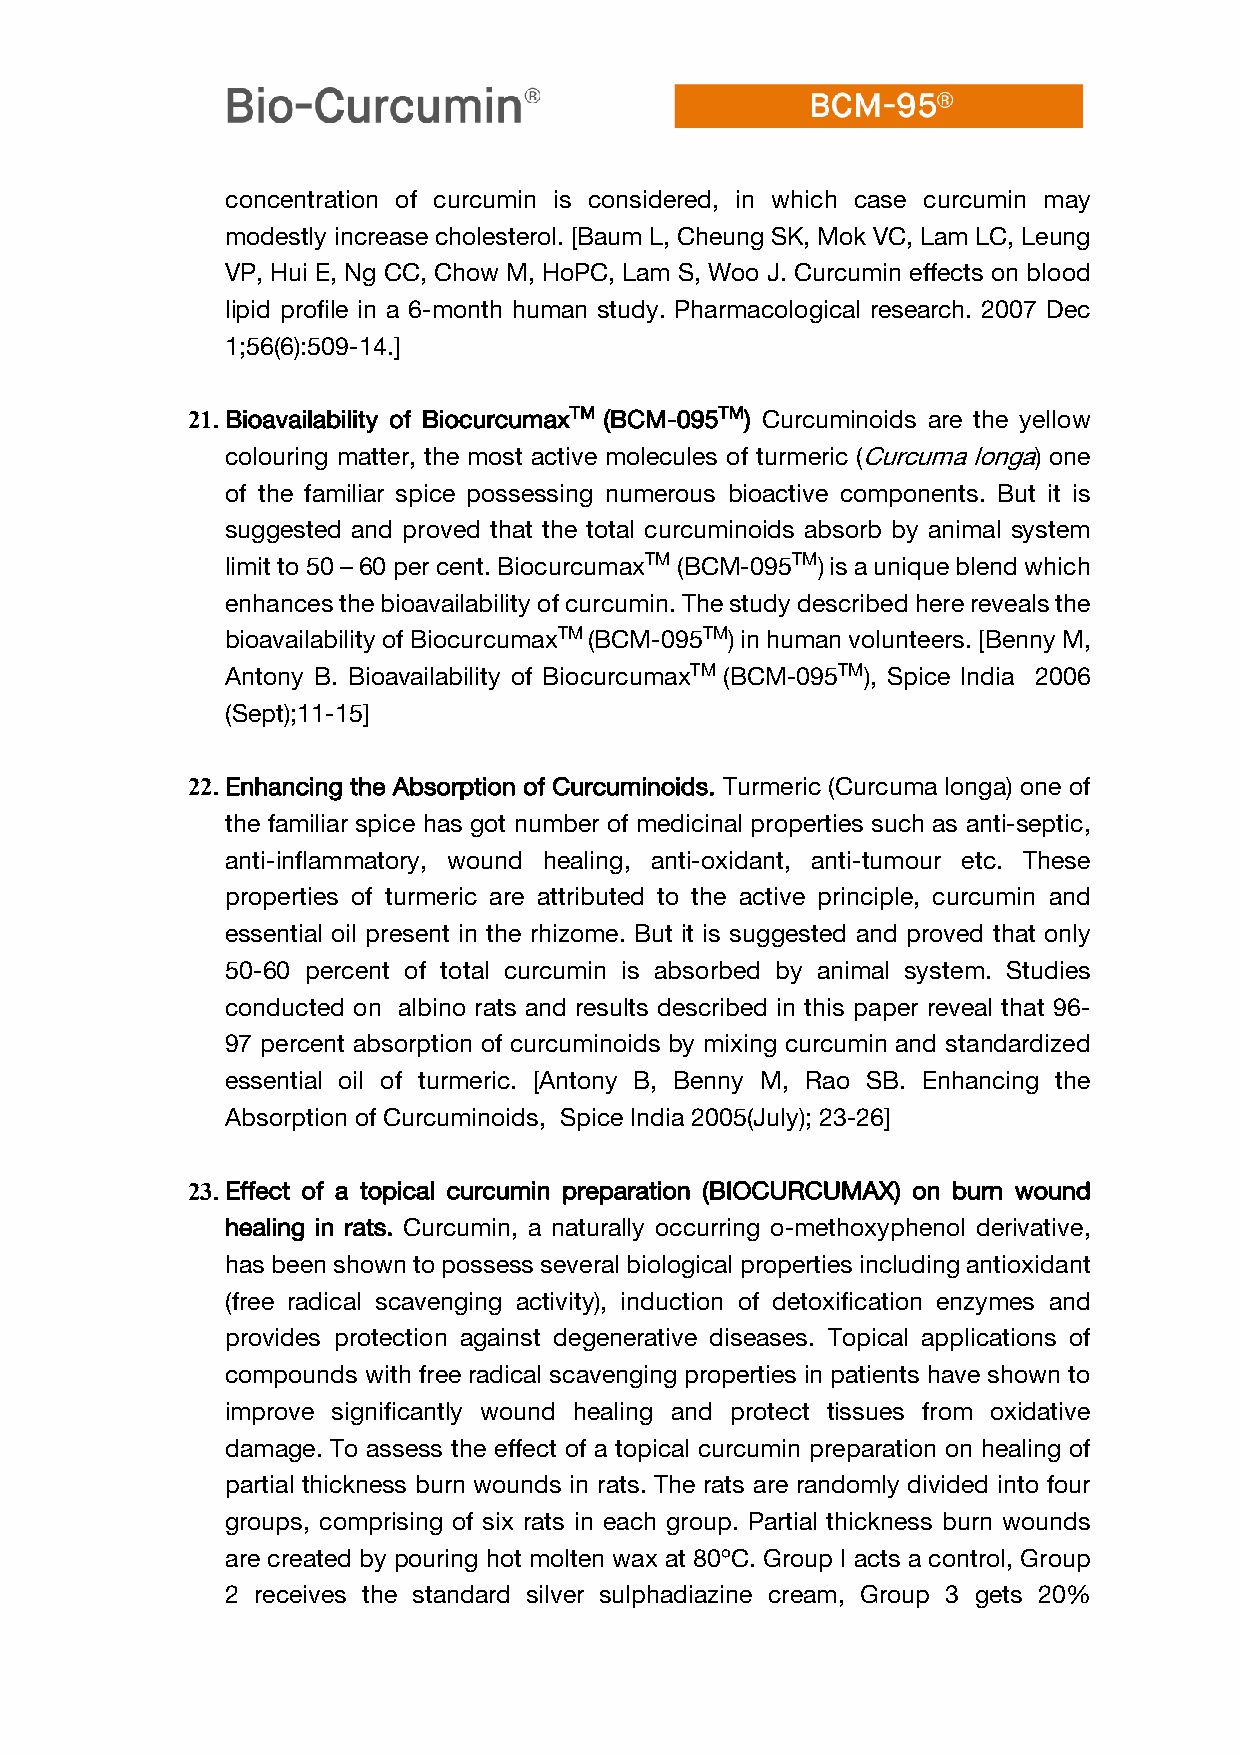
concentration of curcumin is considered, in which case curcumin may
 modestly increase cholesterol. [Baum L, Cheung SK, Mok VC, Lam LC, Leung
 VP, Hui E, Ng CC, Chow M, HoPC, Lam S, Woo J. Curcumin effects on blood
 lipid profile in a 6-month human study. Pharmacological research. 2007 Dec
 1;56(6):509-14.]
 21. Bioavailability of BiocurcumaxTM (BCM-095TM) Curcuminoids are the yellow
 colouring matter, the most active molecules of turmeric (Curcuma longa) one
 of the familiar spice possessing numerous bioactive components. But it is
 suggested and proved that the total curcuminoids absorb by animal system
 limit to 50 – 60 per cent. BiocurcumaxTM (BCM-095TM) is a unique blend which
 enhances the bioavailability of curcumin. The study described here reveals the
 bioavailability of BiocurcumaxTM (BCM-095TM) in human volunteers. [Benny M,
 Antony B. Bioavailability of BiocurcumaxTM (BCM-095TM), Spice India 2006
 (Sept);11-15]
 22. Enhancing the Absorption of Curcuminoids. Turmeric (Curcuma longa) one of
 the familiar spice has got number of medicinal properties such as anti-septic,
 anti-inflammatory, wound healing, anti-oxidant, anti-tumour etc. These
 properties of turmeric are attributed to the active principle, curcumin and
 essential oil present in the rhizome. But it is suggested and proved that only
 50-60 percent of total curcumin is absorbed by animal system. Studies
 conducted on albino rats and results described in this paper reveal that 96-
 97 percent absorption of curcuminoids by mixing curcumin and standardized
 essential oil of turmeric. [Antony B, Benny M, Rao SB. Enhancing the
 Absorption of Curcuminoids, Spice India 2005(July); 23-26]
 23. Effect of a topical curcumin preparation (BIOCURCUMAX) on burn wound
 healing in rats. Curcumin, a naturally occurring o-methoxyphenol derivative,
 has been shown to possess several biological properties including antioxidant
 (free radical scavenging activity), induction of detoxification enzymes and
 provides protection against degenerative diseases. Topical applications of
 compounds with free radical scavenging properties in patients have shown to
 improve significantly wound healing and protect tissues from oxidative
 damage. To assess the effect of a topical curcumin preparation on healing of
 partial thickness burn wounds in rats. The rats are randomly divided into four
 groups, comprising of six rats in each group. Partial thickness burn wounds
 are created by pouring hot molten wax at 80ºC. Group I acts a control, Group
 2 receives the standard silver sulphadiazine cream, Group 3 gets 20%